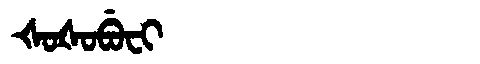
Manchu: ᡧᠣᡧᠣᠪᡠᠸᡳ
Romanization: ŠOŠOBUFI